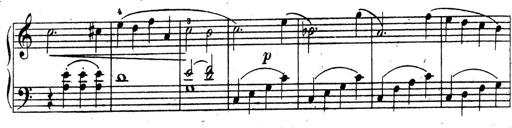
Title: 10 Sonatinas
Composer: Fritz Spindler